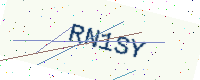
Text: RN1SY